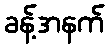
ခန့်အနက်